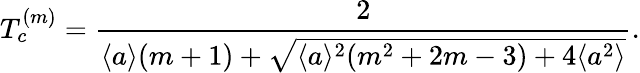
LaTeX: T_{c}^{(m)}=\frac{2}{\langle a\rangle(m+1)+\sqrt{\langle a\rangle^{2}(m^{2}+2m-3)+4\langle a^{2}\rangle}}.